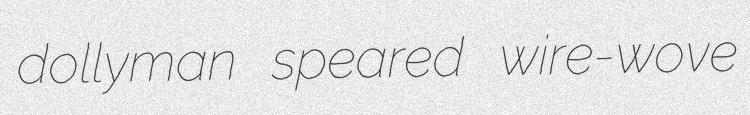
dollyman speared wire-wove